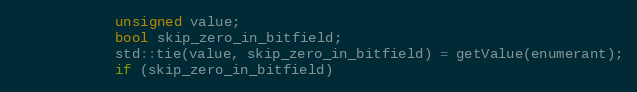
Language: C++
            unsigned value;
            bool skip_zero_in_bitfield;
            std::tie(value, skip_zero_in_bitfield) = getValue(enumerant);
            if (skip_zero_in_bitfield)